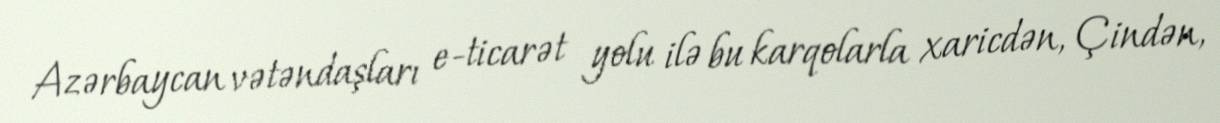
Azərbaycan vətəndaşları e-ticarət yolu ilə bu karqolarla xaricdən, Çindən,